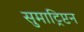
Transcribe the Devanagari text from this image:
सुमाट्रिप्टन